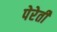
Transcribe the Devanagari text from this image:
पेरेती